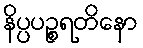
နိပ္ပပဉ္စရတိနော